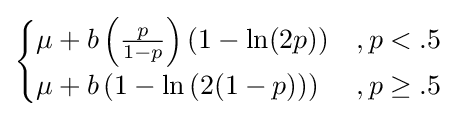
{\begin{cases}\mu +b\left({\frac {p}{1-p}}\right)(1-\ln(2p))&,p<.5\\\mu +b\left(1-\ln \left(2(1-p)\right)\right)&,p\geq .5\end{cases}}